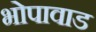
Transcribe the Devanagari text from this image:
भोपावाड